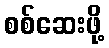
စစ်ဆေးဖို့